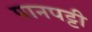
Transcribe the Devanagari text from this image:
पानपट्टी